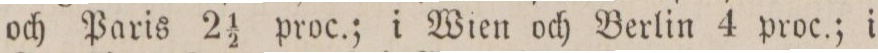
och Paris 2 1/2 proc.; i Wien och Berlin 4 proc.; i